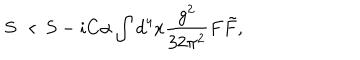
S \to S - i C \alpha \int d ^ { 4 } x \frac { g ^ { 2 } } { 3 2 \pi ^ { 2 } } F \tilde { F } ,